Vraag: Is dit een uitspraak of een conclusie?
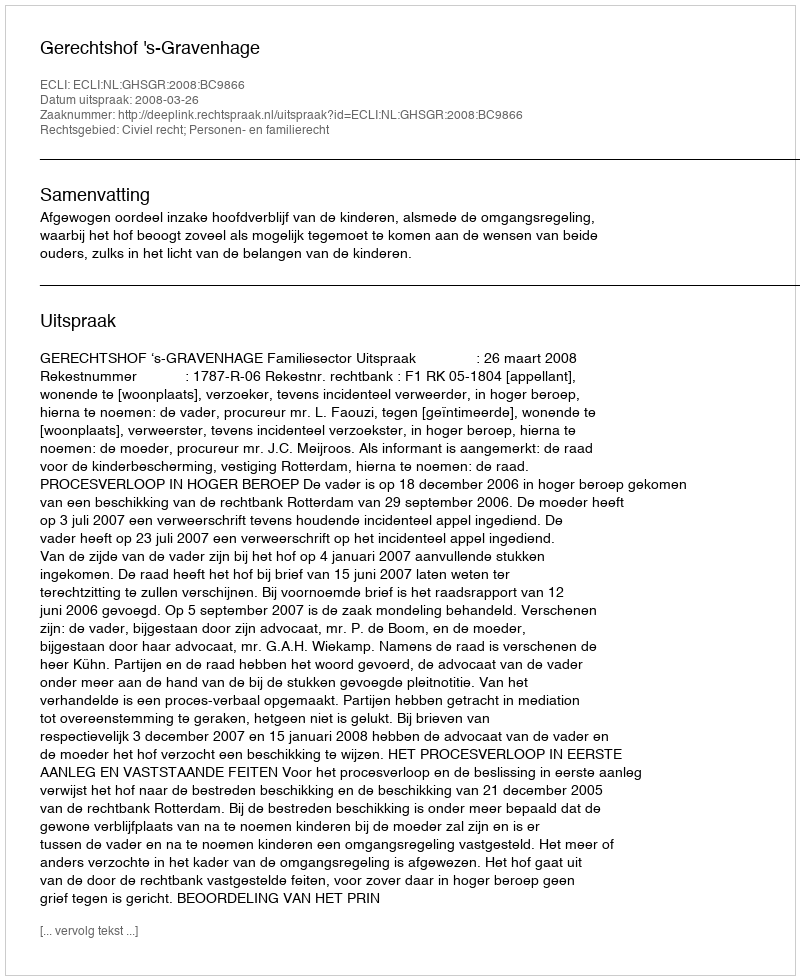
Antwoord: Uitspraak